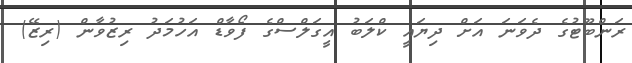
ރަންބޫޓުގެ ދެވަނަ އަށް ދިޔައީ ކްލަބު އީގަލްސްގެ ފޯވާޑް އަހުމަދު ރިޒުވާން (ރިޒޭ)